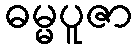
ဓမ္မပူဇာ